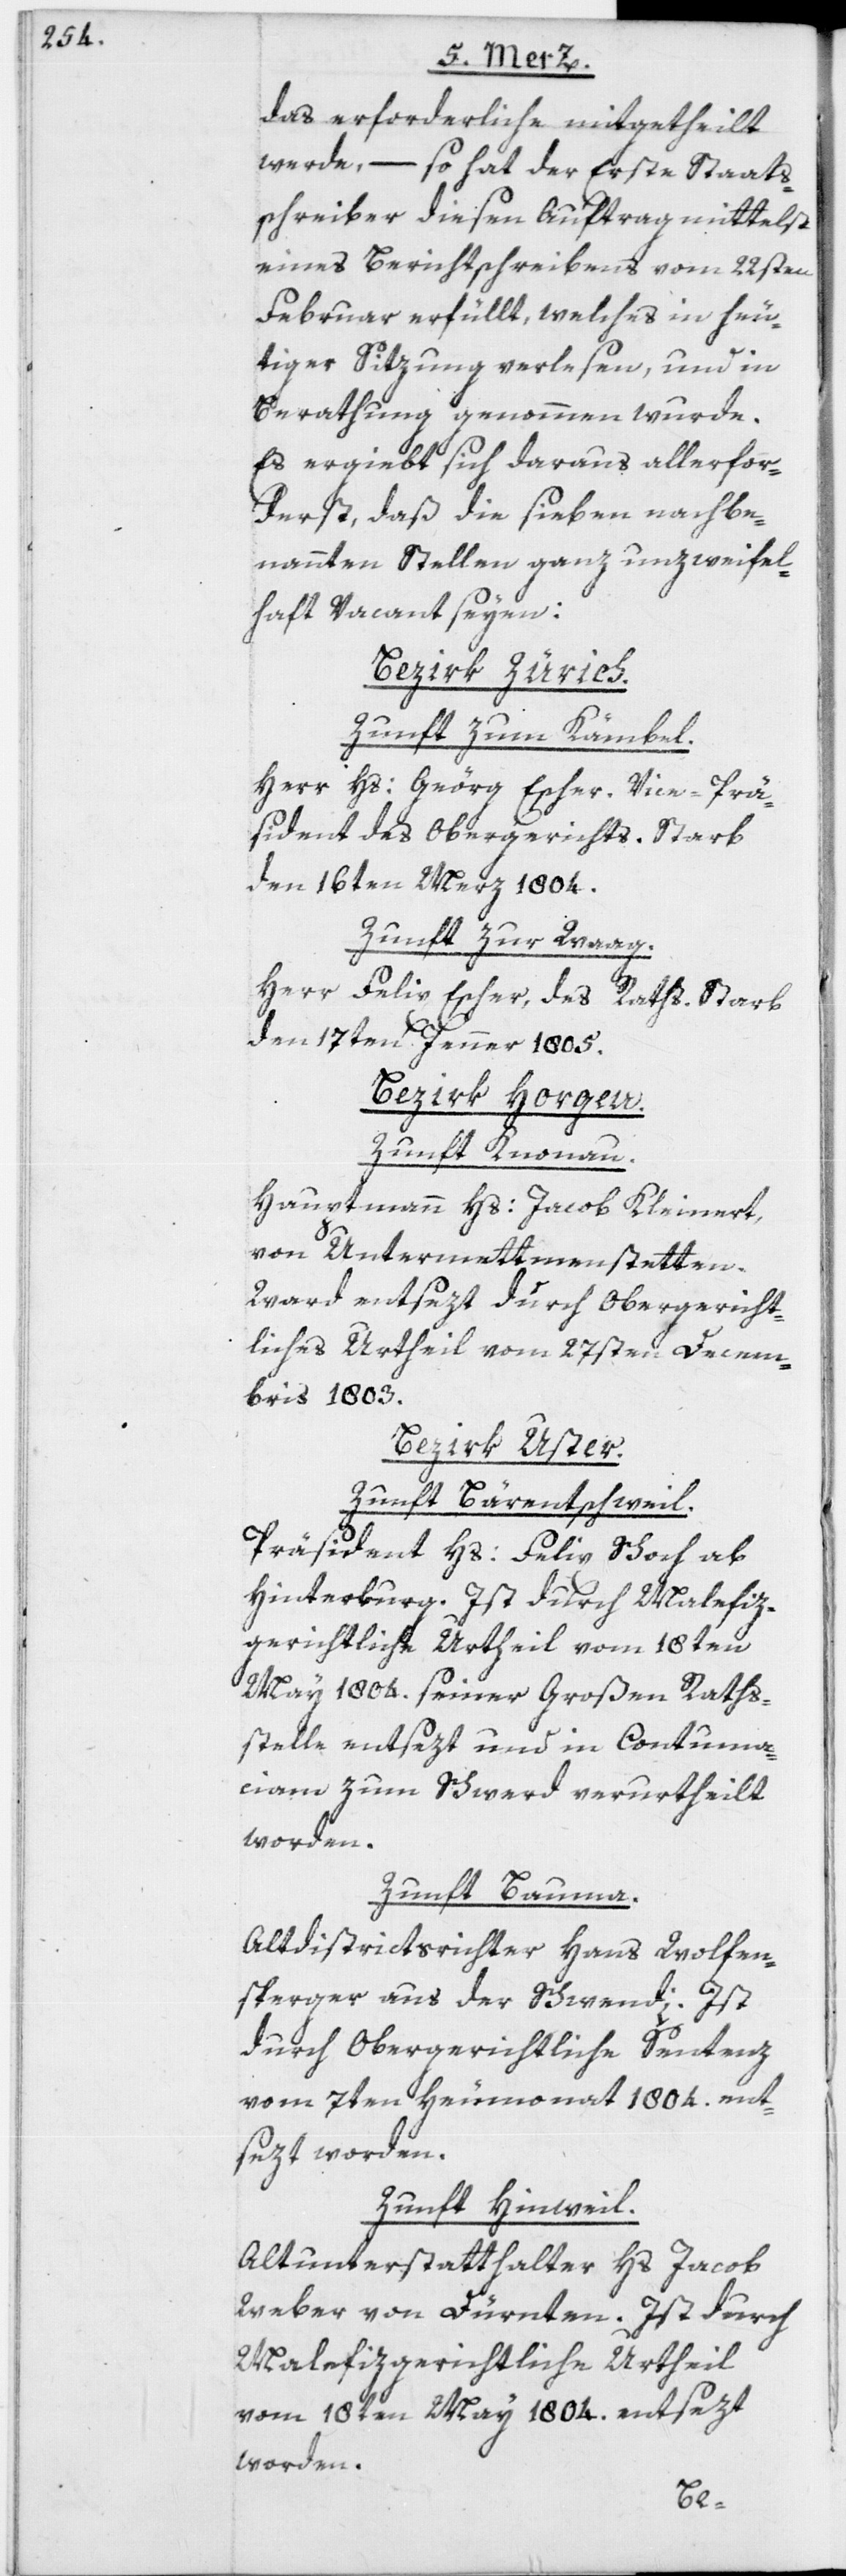
das erforderliche mitgetheilt
werde, – so hat der Erste Staats¬
schreiber diesen Auftrag mittelst
eines Berichtschreibens vom 22sten
Februar erfüllt, welches in heu¬
tiger Sitzung verlesen, und in
Berathung genommen wurde.
Es ergiebt sich daraus allerfor¬
derst, daß die sieben nachbe¬
nannten Stellen ganz unzweifel¬
haft Vacant seyen:
Bezirk Zürich.
Zunft zum Kämbel.
Herr Hs: Geörg Escher. Vice-Prä¬
sident des Obergerichts. Starb
den 16ten Merz 1804.
Zunft zur Waag.
Herr Felix Escher, des Raths. Starb
den 17ten Jenner 1805.
Bezirk Horgen.
Zunft Knonau.
Hauptmann Hs: Jacob Kleinert,
von Untermettmenstetten.
Ward entsezt durch Obergericht¬
liches Urtheil vom 27sten Decem¬
bris 1803.
Bezirk Uster.
Zunft Bärentschweil.
Präsident Hs: Felix Schoch ab
Hinterburg. Ist durch Malefiz¬
gerichtliche[s] Urtheil vom 18ten
May 1804. seiner Großen Raths¬
stelle entsezt und in Contuma¬
ciam zum Schwerd verurtheilt
worden.
Zunft Bauma.
Altdistrictsrichter Hans Wolfen¬
sperger aus der Schwendi. Ist
durch Obergerichtliche Sentenz
vom 7ten Heumonat 1804. ent¬
sezt worden.
Zunft Hinweil.
Altunterstatthalter Hs Jacob
Weber von Dürnten. Ist durch
Malefizgerichtliche[s] Urtheil
vom 18ten May 1804. entsezt
worden.